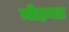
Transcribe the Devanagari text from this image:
मोहमड